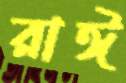
রাঈ